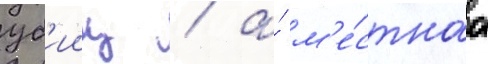
уб'ииц / а́ м'е́стнаа